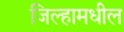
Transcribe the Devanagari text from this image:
जिल्हामधील